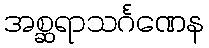
အစ္ဆရာသင်္ဂဏေန